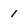
Character: 1